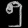
Digit: ၅